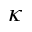
\kappa